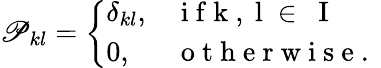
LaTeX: \mathscr{P}_{kl}=\left\{ \begin{array}{ll}{\delta_{kl},}&{\mathrm{~i~f~k~,~l~\in~{~I~}~}}\\ {0,}&{\mathrm{~o~t~h~e~r~w~i~s~e~.~}}\end{array}\right.